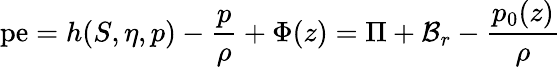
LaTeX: \mathrm{pe}=h(S,\eta,p)-\frac{p}{\rho}+\Phi(z)=\Pi+{\cal B}_{r}-\frac{p_{0}(z)}{\rho}